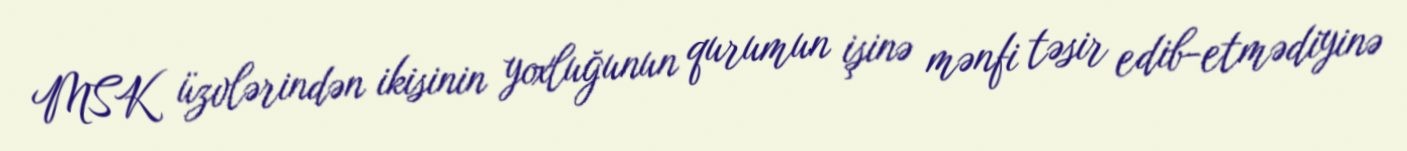
MSK üzvlərindən ikisinin yoxluğunun qurumun işinə mənfi təsir edib-etmədiyinə